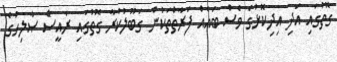
ގޮތުގައި އަދި އިދިކޮޅުގެ ވެސް ބައެއް ފަރާތްތަކުން ގަބޫލުކުރާ ގޮތުގައި ރައީސް ޞާލިހުގެ